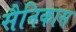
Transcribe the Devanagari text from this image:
सैनिकास